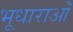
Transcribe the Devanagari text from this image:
भूधाराओं